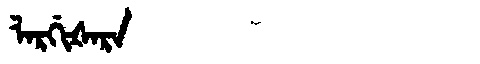
Manchu: ᠯᠠᡵᡤᡳᡧᠠᡵᠠ
Romanization: LARGIŠARA